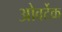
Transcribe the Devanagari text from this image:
ओवर्टेक